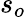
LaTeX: s_{o}